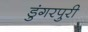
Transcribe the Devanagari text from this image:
डुंगरपुरी